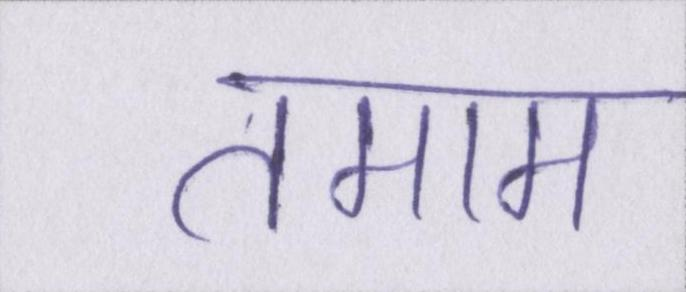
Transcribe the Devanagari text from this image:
तमाम